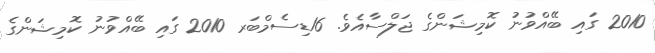
2010 ގައި ބޭއްވުނު ކޮމިޝަންގެ ޖަލްސާއެވެ. 16ޑިސެމްބަރ 2010 ގައި ބޭއްވުނު ކޮމިޝަންގެ